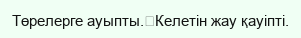
Төрелерге ауыпты.	Келетін жау қауіпті.